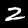
Label: 2